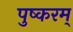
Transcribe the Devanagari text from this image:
पुष्करम्‌